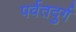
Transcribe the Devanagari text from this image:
पर्वतदुर्ग